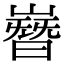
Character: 嶜